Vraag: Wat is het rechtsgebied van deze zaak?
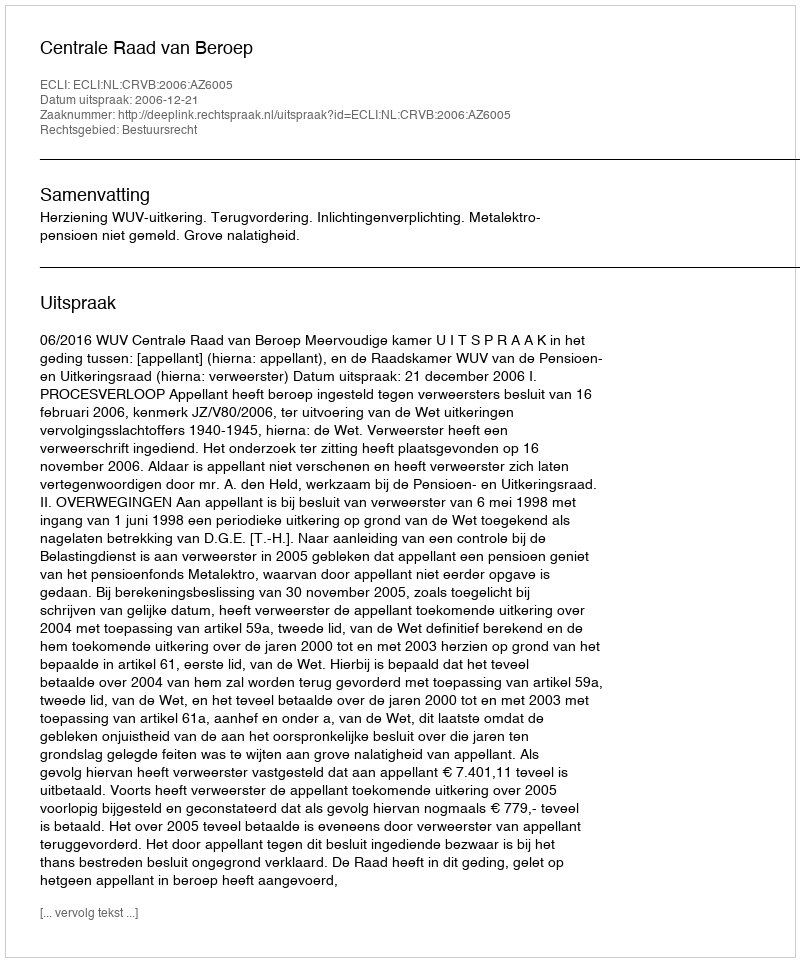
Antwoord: Bestuursrecht